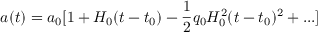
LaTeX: a ( t ) = a _ { 0 } [ 1 + H _ { 0 } ( t - t _ { 0 } ) - { \frac 1 2 } q _ { 0 } H _ { 0 } ^ { 2 } ( t - t _ { 0 } ) ^ { 2 } + . . . ]